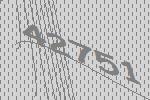
42751